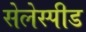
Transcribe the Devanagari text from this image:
सेलेस्पीड